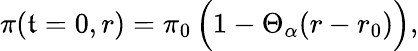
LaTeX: \displaystyle\pi(\mathfrak{t}=0,r)=\pi_{0}\, \Bigl(1-\Theta_{\alpha}(r-r_{0})\Bigr),